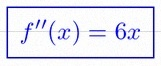
f''(x)=6x